Indian journal of veterinary science and animal husbandry - Volume 4,
Year: 1934
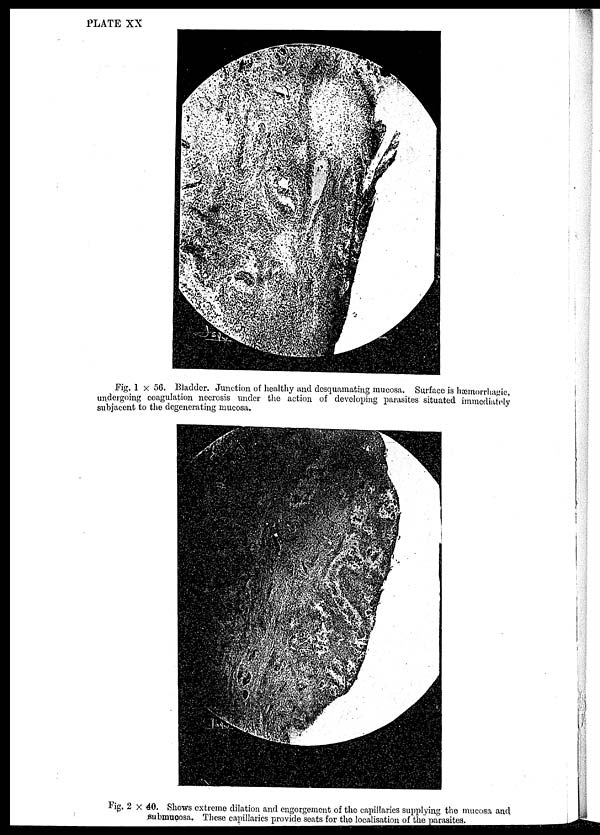
PLATE XX
Fig. 1 × 56. Bladder. Junction of healthy and desquamating mucosa. Surface is hæmorrhagc,
undergoing coagulation necrosis under the action of developing parasites situated immediately
subjacent to the degenerating mucosa.
Fig. 2 × 40. Shows extreme dilation and engorgement of the capillaries supplying the mucosa and
submucosa. These capillaries provide seats for the localisation of the parasites.